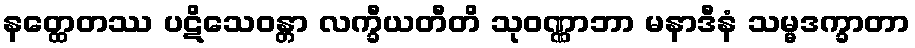
နတ္ထေတဿ ပဋိသေဝန္တာ လက္ခီယတီတိ သုဝဏ္ဏာဘာ မနာဒီနံ သမ္မဒက္ခာတာ